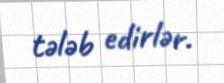
tələb edirlər.